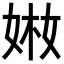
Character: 𡝋